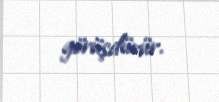
görüşdürür.